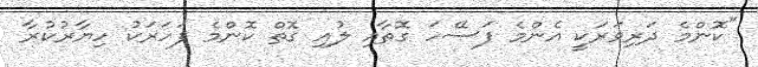
"ކޮންމެ ދަރިވަރަކީ އެންމެ ފަސޭހަ ގޮތާއި ލުއި ގޮތް ކޮންމެ ފަހަރަކު ހިޔާރުކުރާ